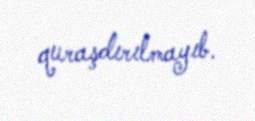
quraşdırılmayıb.